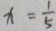
x = \frac { 1 } { 5 }